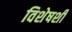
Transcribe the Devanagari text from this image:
विशेषशी